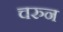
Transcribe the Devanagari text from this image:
चरुन